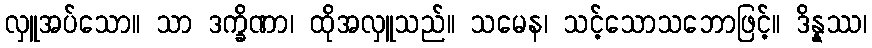
လှူအပ်သော။ သာ ဒက္ခိဏာ၊ ထိုအလှူသည်။ သမေန၊ သင့်သောသဘောဖြင့်။ ဒိန္နဿ၊